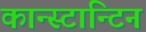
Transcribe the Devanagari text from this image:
कान्स्टान्टिन